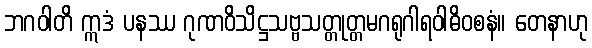
ဘဂဝါတိ ဣဒံ ပနဿ ဂုဏဝိသိဋ္ဌသဗ္ဗသတ္တုတ္တမဂရုဂါရဝါဓိဝစနံ။ တေနာဟု